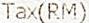
TAX(RM)